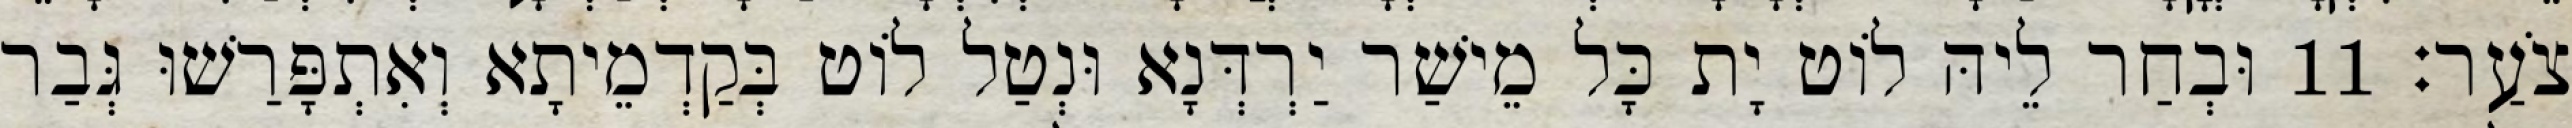
צֹעַר׃ 11 וּבְחַר לֵיהּ לוֹט יָת כָּל מֵישַׁר יַרְדְּנָא וּנְטַל לוֹט בְּקַדְמֵיתָא וְאִתְפָּרַשׁוּ גְּבַר